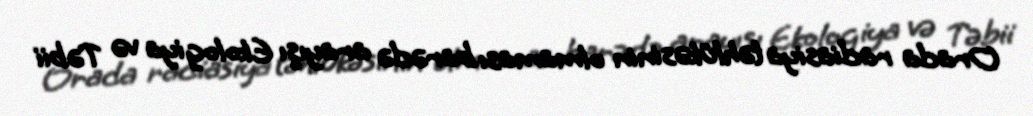
Orada radiasiya təhlükəsinin olmaması barədə arayışı Ekologiya və Təbii